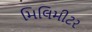
મિલિમીટર